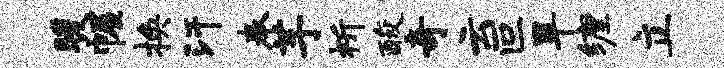
暖幄换汗奉芋祈酸奇云叵旱缠立